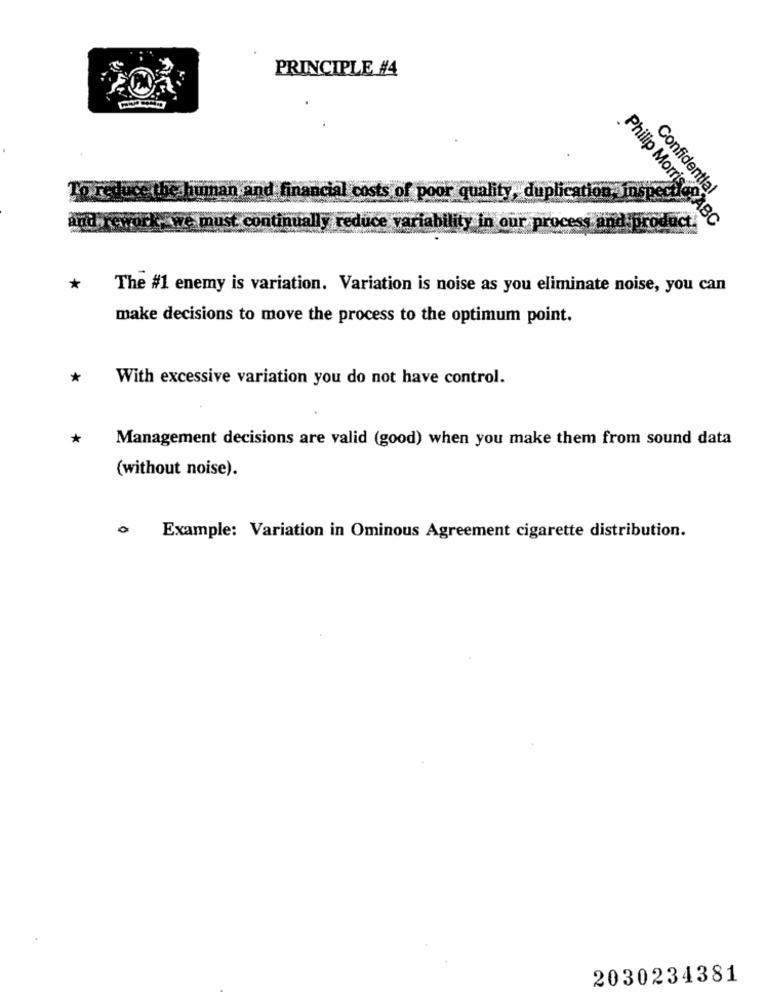
PRINCIPLE #4
uman ar
finan
Confidential
ial costs of poor quality, duplication Inspe
Horo
and rewor
- must con
inually reduce variability in our process an
Philip MorrisOSABC
*
The #1 enemy is variation. Variation is noise as you eliminate noise, you can
make decisions to move the process to the optimum point.
*
With excessive variation you do not have control.
*
Management decisions are valid (good) when you make them from sound data
(without noise).
Example: Variation in Ominous Agreement cigarette distribution.
2030234381